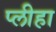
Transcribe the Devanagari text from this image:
प्‍लीहा